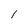
Character: 1